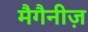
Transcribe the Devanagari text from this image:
मैगैनीज़